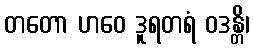
တတော ဟဝေ ဒူရတရံ ဝဒန္တိ၊